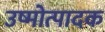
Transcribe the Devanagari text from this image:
उष्मोत्पादक